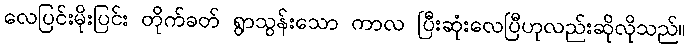
လေပြင်းမိုးပြင်း တိုက်ခတ် ရွာသွန်းသော ကာလ ပြီးဆုံးလေပြီဟုလည်းဆိုလိုသည်။